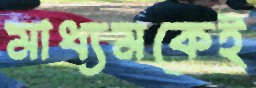
মাধ্যমকেই